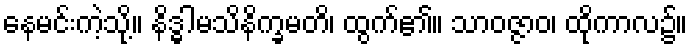
နေမင်းကဲ့သို့။ နိဒ္ဓါမသိနိက္ခမတိ၊ ထွက်၏။ သာဝဇ္ဇာဝ၊ ထိုကာလ၌။